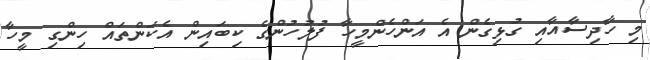
މި ހާދިސާއާއި ގުޅިގެން އެ އަންހެންމީހާ ފުލުހުންގެ ކިބައިން އެކަންތައް ހިންގި މީހާ